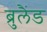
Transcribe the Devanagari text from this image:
ब्रुलैंड